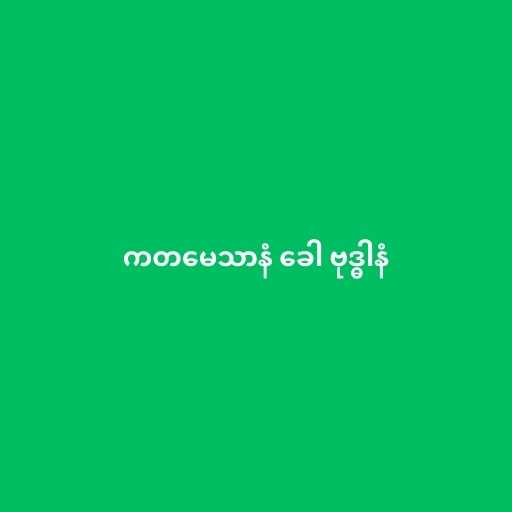
ကတမေသာနံ ခေါ ဗုဒ္ဓါနံ